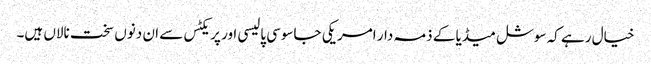
خیال رہے کہ سوشل میڈیا کے ذمہ دار امریکی جاسوسی پالیسی اور پریکٹس سے ان دنوں سخت نالاں ہیں۔